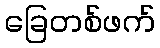
ခြေတစ်ဖက်